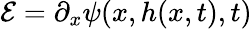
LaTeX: \mathcal{E}=\partial_{x}\psi(x,h(x,t),t)